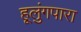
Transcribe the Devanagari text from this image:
हूलुंगपारा